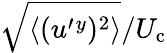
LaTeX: \sqrt{\langle{(u^{\prime}{}^{y})^{2}}\rangle}/U_{\textrm{c}}